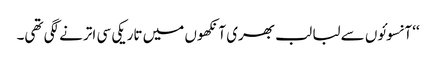
‘‘ آنسوئوں سے لبا لب بھری آنکھوں میں تاریکی سی اترنے لگی تھی۔